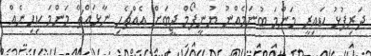
ދަރިފުޅު ކައިރީ މަންމަ ބުނަމެއްނު ޔުނީފޯމް ޖީބަށް އެއްޗެހި ނާޅައްޗޭ މަންމަ ކިހިނެއް